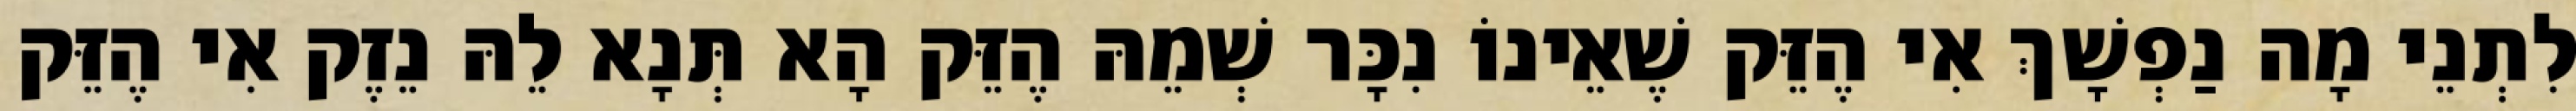
לִתְנֵי מָה נַפְשָׁךְ אִי הֶזֵּק שֶׁאֵינוֹ נִכָּר שְׁמֵהּ הֶזֵּק הָא תְּנָא לֵהּ נֵזֶק אִי הֶזֵּק